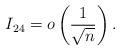
LaTeX: \begin{align*}I_{24} = o \left( \frac{ 1 }{\sqrt{n}} \right).\end{align*}